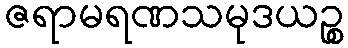
ဇရာမရဏသမုဒယဉ္စ